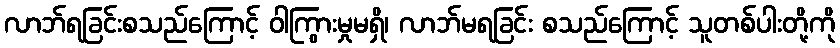
လာဘ်ရခြင်းစသည်ကြောင့် ဝါကြွားမှုမရှိ၊ လာဘ်မရခြင်း စသည်ကြောင့် သူတစ်ပါးတို့ကို